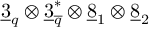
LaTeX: \underline { { { 3 } } } _ { q } \otimes \underline { { { 3 } } } _ { \overline { { { q } } } } ^ { * } \otimes \underline { { { 8 } } } _ { 1 } \otimes \underline { { { 8 } } } _ { 2 }